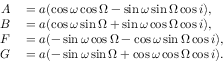
\begin{array} { r l } { A } & { { } = a ( \cos { \omega } \cos { \Omega } - \sin { \omega } \sin { \Omega } \cos { i } ) , } \\ { B } & { { } = a ( \cos { \omega } \sin { \Omega } + \sin { \omega } \cos { \Omega } \cos { i } ) , } \\ { F } & { { } = a ( - \sin { \omega } \cos { \Omega } - \cos { \omega } \sin { \Omega } \cos { i } ) , } \\ { G } & { { } = a ( - \sin { \omega } \sin { \Omega } + \cos { \omega } \cos { \Omega } \cos { i } ) . } \end{array}